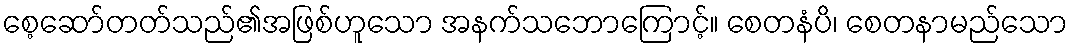
စေ့ဆော်တတ်သည်၏အဖြစ်ဟူသော အနက်သဘောကြောင့်။ စေတနံပိ၊ စေတနာမည်သော